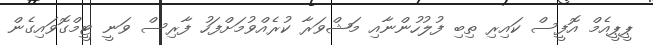
ޕީޕީއެމް އޮފީސް ކައިރި ތިބި ފުލުހުންނާއި މަޝްވަރާ ކުރެއްވުމަށްފަހު ފާރިސް ވަނީ ޓީމްގޮވައިގެން